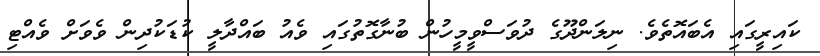
ކައިރީގައި އެބައޮތެވެ. ނިލަންދޫގެ ދުވަސްވީމީހުން ބުނާގޮތުގައި ވެއު ބައްދާލީ ކުޑަކުދިން ވެވަށް ވެއްޓި